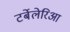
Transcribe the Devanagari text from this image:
टर्बेलेरिआ